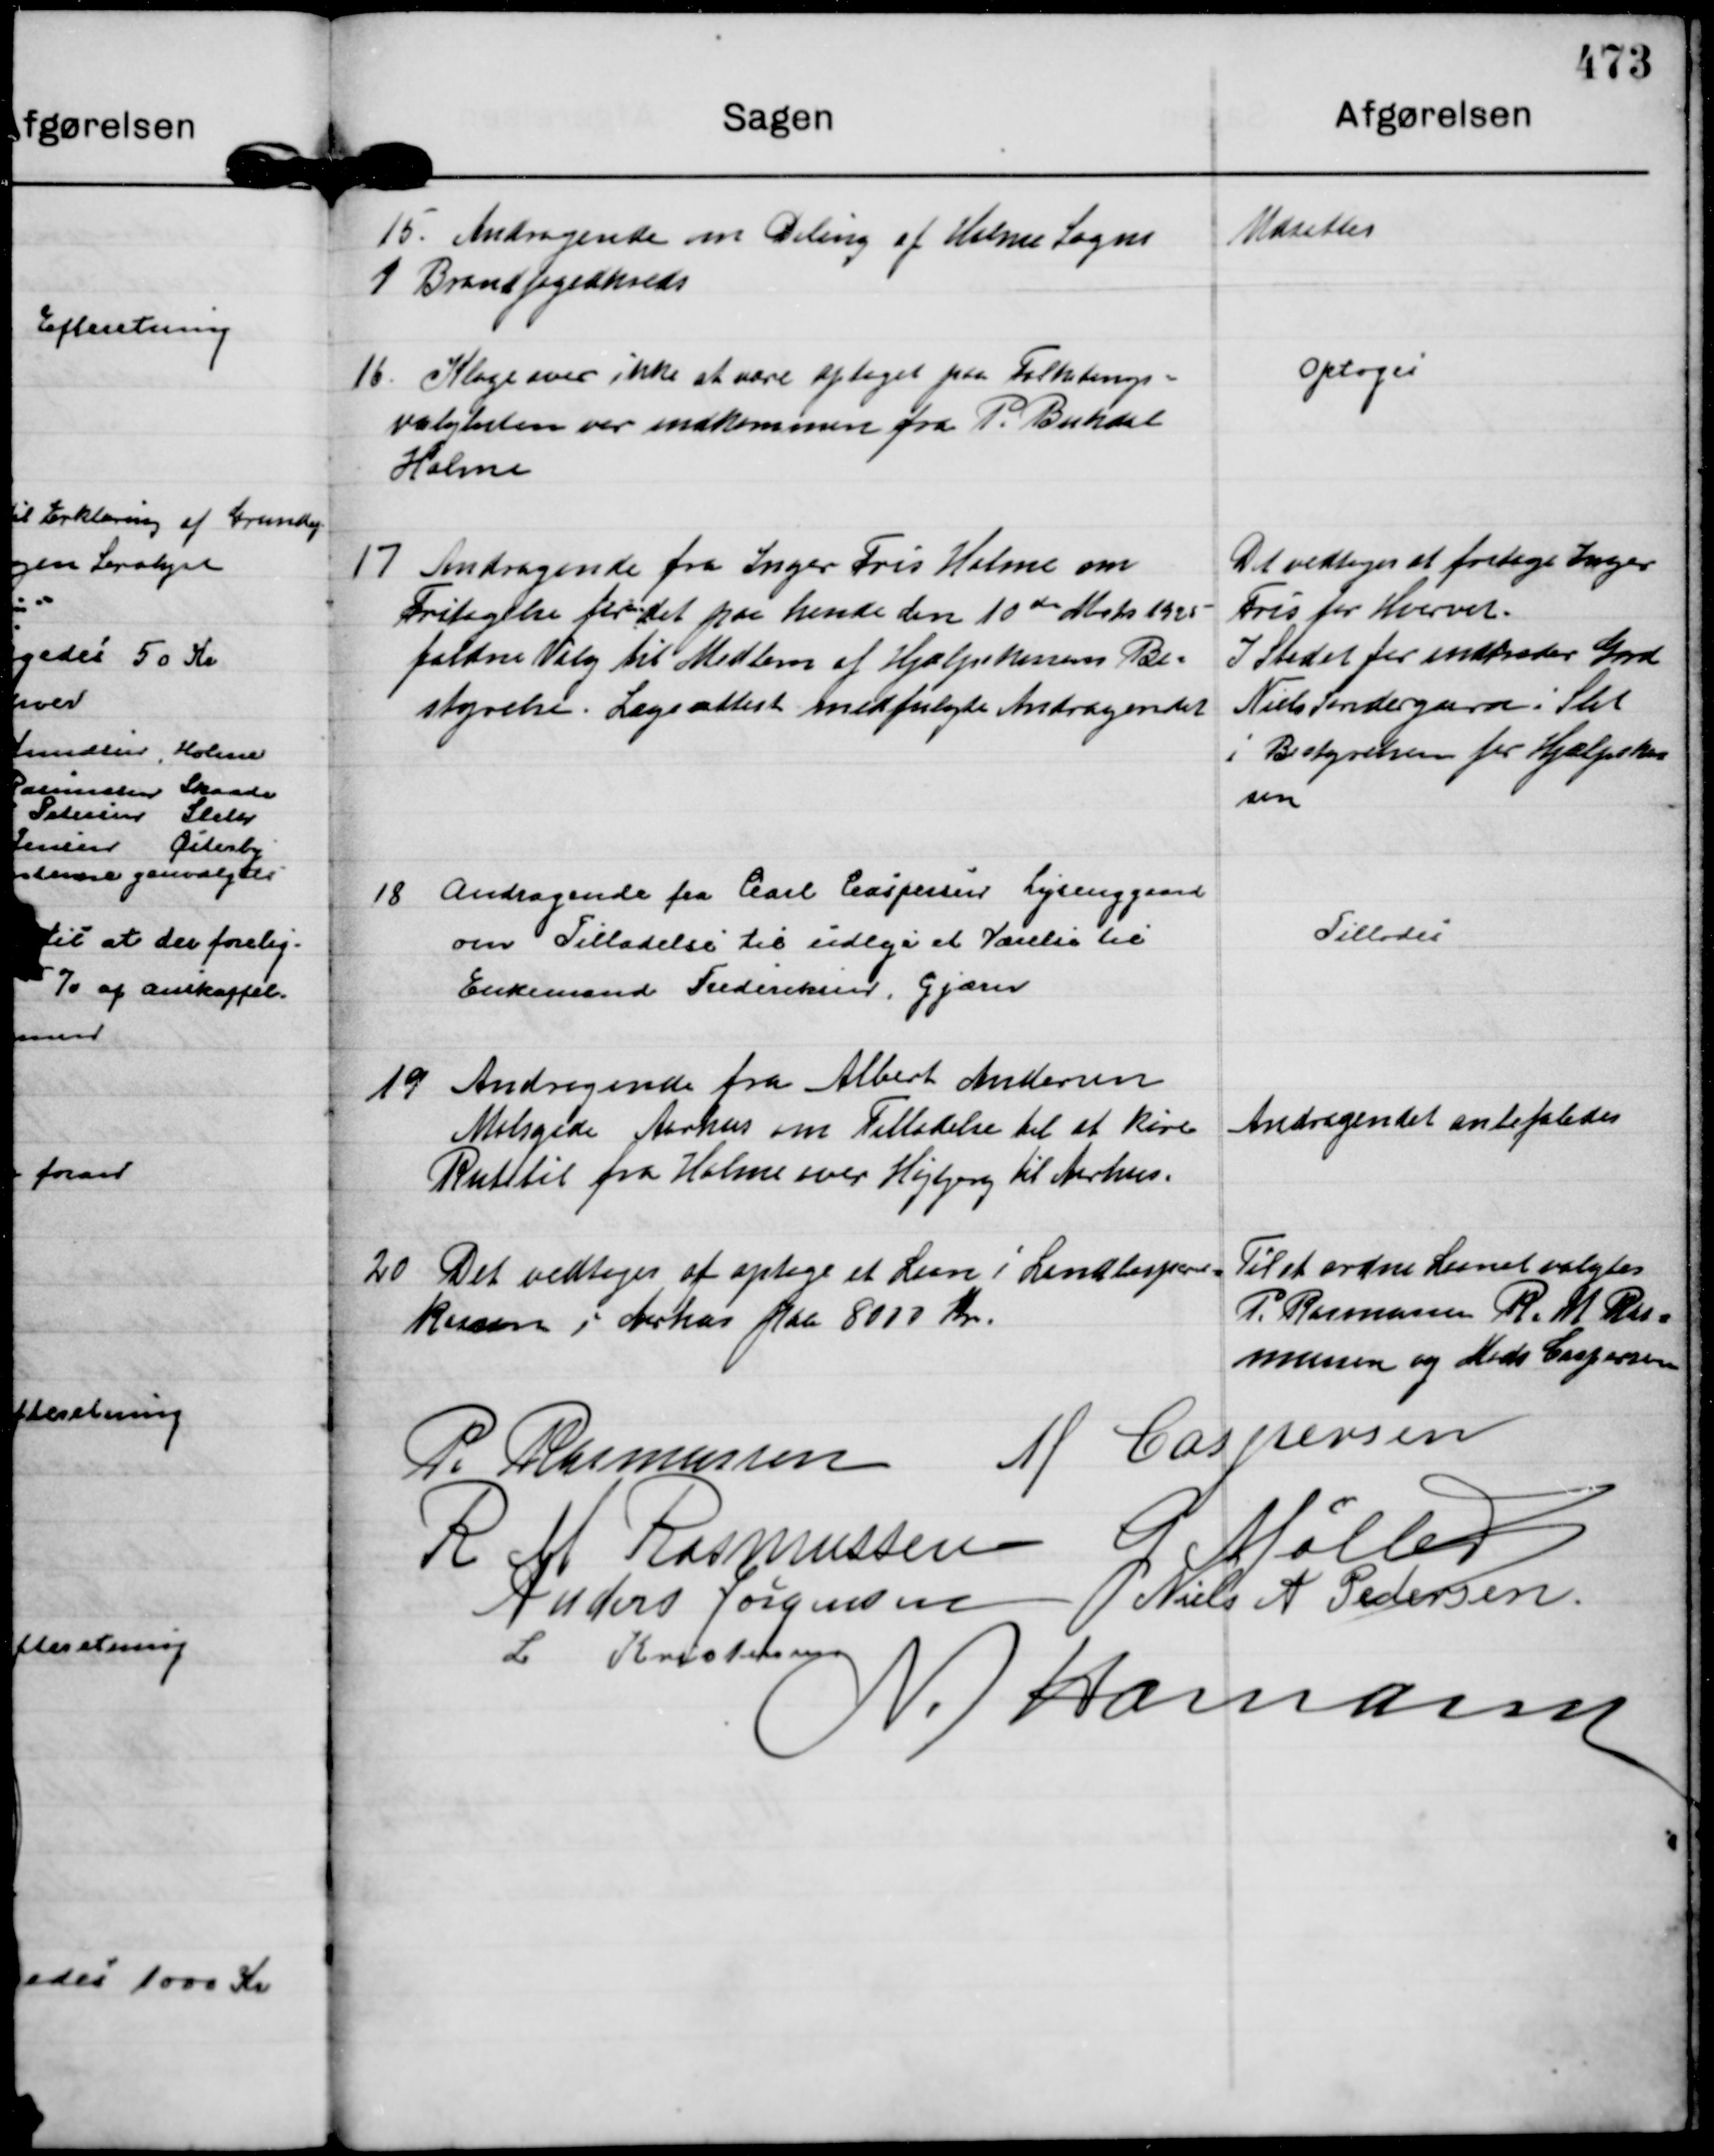
Transskription:
15.
Andragende om Deling af Holme Sogns
1 Brandfogedkreds

Udsattes

16.
Klage over ikke at være optaget paa Folketings= 
valglisten var indkommen fra P. Bukdal
Holme

Optoges

17
Andragende fra Inger Fris Holme om
Fritagelse for det paa hende den 10de Marts 1925
faldne Valg til Medlem af Hjælpekassens Be=
styrelse. Lægeattest medfulgte Andragendet

Det vedtoges at fritage Inger
Fris for Hvervet.
I Stedet for indtræder Grd
Niels Søndergaard i Slet
i Bestyrelsen for Hjælpekas
sen

18
Andragende fra Carl Caspersen Lysenggaard
om Tilladelse til udleje et Værelse til
Enkemand Frederiksen, Gjærn

Tillodes

19
Andragende fra Albert Andersen
Molsgade Aarhus om Tilladelse til at køre
Rutebil fra Holme over Højbjerg til Aarhus.

Andragendet anbefaledes

20
Det vedtoges at optage et Laan i Landbospare=
kassen i Aarhus paa 8000 Kr.

Til at ordne Laanet valgtes
P. Rasmussen R. M Ras=
mussen og Mads Caspersen

P. Rasmussen
M Caspersen
R M Rasmussen
G Møller
Anders Jørgensen
Niels A Pedersen.
L Kristensen
N. Hamann